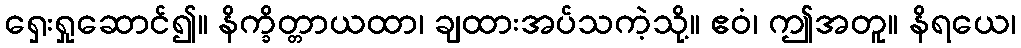
ရှေးရှုဆောင်၍။ နိက္ခိတ္တာယထာ၊ ချထားအပ်သကဲ့သို့။ ဧဝံ၊ ဤအတူ။ နိရယေ၊